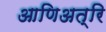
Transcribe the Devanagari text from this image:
आणिअत्रि